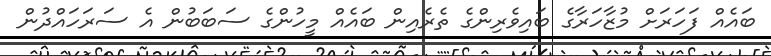
ބައެއް ފަހަރަށް މުޒާހަރާގެ ބައިވެރިންގެ ތެރެއިން ބައެއް މީހުންގެ ސަބަބުން އެ ސަރަހައްދުން